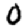
Digit: 0